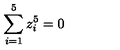
\sum _ { i = 1 } ^ { 5 } z _ { i } ^ { 5 } = 0